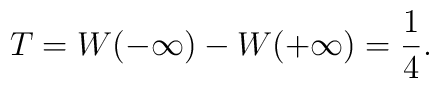
T = W(-\infty) - W(+\infty) = {1 \over 4}.